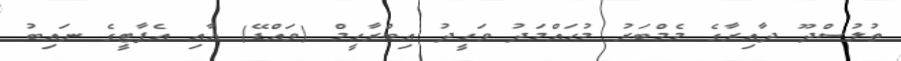
ތުލުސްދޫ ދާއިރާގެ މެމްބަރު މުހައްމަދު ވަހީދު އިބްރާހީމް (ވައްޑޭ) އާއި އެޕާޓީގެ ނައިބު